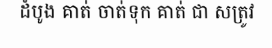
ដំបូង គាត់ ចាត់ទុក គាត់ ជា សត្រូវ